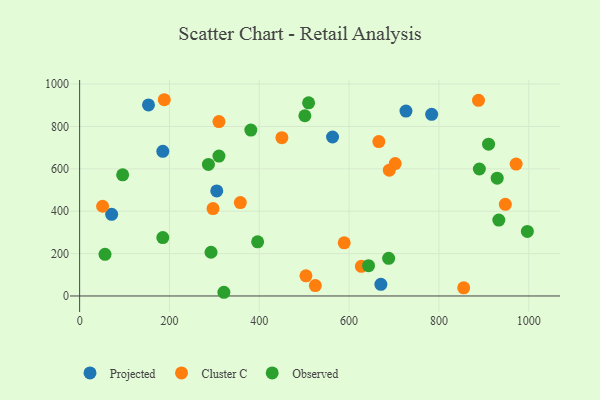
{"axis": {"x": "Distance", "y": "Exam Score"}, "legend": ["Cluster C", "Observed", "Projected"], "data": [{"x": "71.3", "y": 385.4, "type": "Projected"}, {"x": "153.3", "y": 901.6, "type": "Projected"}, {"x": "185.2", "y": 682.6, "type": "Projected"}, {"x": "783.8", "y": 857.5, "type": "Projected"}, {"x": "563.1", "y": 750.3, "type": "Projected"}, {"x": "726.6", "y": 872.7, "type": "Projected"}, {"x": "670.7", "y": 54.8, "type": "Projected"}, {"x": "305.3", "y": 496.0, "type": "Projected"}, {"x": "947.8", "y": 432.6, "type": "Cluster C"}, {"x": "702.6", "y": 625.1, "type": "Cluster C"}, {"x": "503.9", "y": 95.0, "type": "Cluster C"}, {"x": "51.2", "y": 423.5, "type": "Cluster C"}, {"x": "297.0", "y": 412.7, "type": "Cluster C"}, {"x": "450.3", "y": 747.2, "type": "Cluster C"}, {"x": "888.1", "y": 923.5, "type": "Cluster C"}, {"x": "666.2", "y": 728.6, "type": "Cluster C"}, {"x": "971.9", "y": 622.6, "type": "Cluster C"}, {"x": "310.2", "y": 823.0, "type": "Cluster C"}, {"x": "689.5", "y": 593.8, "type": "Cluster C"}, {"x": "855.1", "y": 38.4, "type": "Cluster C"}, {"x": "627.3", "y": 139.8, "type": "Cluster C"}, {"x": "357.8", "y": 440.9, "type": "Cluster C"}, {"x": "188.5", "y": 926.2, "type": "Cluster C"}, {"x": "524.8", "y": 49.1, "type": "Cluster C"}, {"x": "589.1", "y": 251.1, "type": "Cluster C"}, {"x": "509.8", "y": 911.5, "type": "Observed"}, {"x": "688.0", "y": 177.6, "type": "Observed"}, {"x": "643.3", "y": 143.0, "type": "Observed"}, {"x": "310.2", "y": 660.5, "type": "Observed"}, {"x": "396.3", "y": 255.4, "type": "Observed"}, {"x": "95.8", "y": 571.7, "type": "Observed"}, {"x": "501.5", "y": 850.6, "type": "Observed"}, {"x": "321.2", "y": 17.5, "type": "Observed"}, {"x": "933.3", "y": 358.3, "type": "Observed"}, {"x": "890.0", "y": 599.2, "type": "Observed"}, {"x": "910.5", "y": 716.2, "type": "Observed"}, {"x": "185.2", "y": 275.8, "type": "Observed"}, {"x": "381.2", "y": 782.8, "type": "Observed"}, {"x": "996.9", "y": 304.6, "type": "Observed"}, {"x": "56.5", "y": 196.6, "type": "Observed"}, {"x": "292.5", "y": 206.4, "type": "Observed"}, {"x": "929.7", "y": 556.1, "type": "Observed"}, {"x": "286.7", "y": 621.0, "type": "Observed"}]}